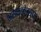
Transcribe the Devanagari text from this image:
भ्रान्तचेतसाम्